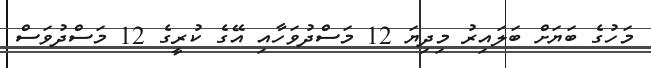
މަހުގެ ބަޔަށް ބަލައިރު މިދިޔަ 12 މަސްދުވަހާއި އޭގެ ކުރީގެ 12 މަސްދުވަސް